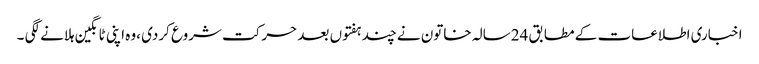
اخباری اطلاعات کے مطابق 24سالہ خاتون نے چند ہفتوں بعد حرکت شروع کردی ،وہ اپنی ٹانگین ہلانے لگی ۔